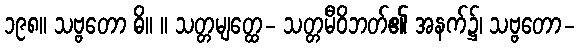
၁၉၈။ သဗ္ဗတော ဓိ။ ။ သတ္တမျတ္ထေ- သတ္တမီဝိဘတ်၏ အနက်၌၊ သဗ္ဗတော-